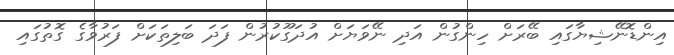
އިންޑޮނޭޝިޔާގައި ބޭރަށް ހިންގުން އަދި ނޭވަޔަށް އުދަގޫކުރުން ފަދަ ބަލިތަކަށް ފަރުވާގެ ގޮތުގައި